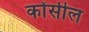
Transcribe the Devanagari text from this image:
कोंसील